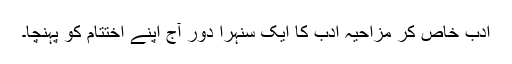
ادب خاص کر مزاحیہ ادب کا ایک سنہرا دور آج اپنے اختتام کو پہنچا۔